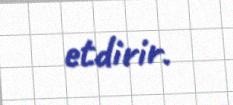
etdirir.